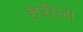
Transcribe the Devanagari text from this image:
हरीजा